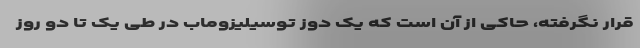
قرار نگرفته، حاکی از آن است که یک دوز توسیلیزوماب در طی یک تا دو روز